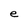
Character: e